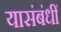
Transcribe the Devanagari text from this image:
यासंबंधीं